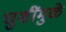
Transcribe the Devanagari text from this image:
घुशींमुळे